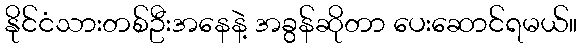
နိုင်ငံသားတစ်ဦးအနေနဲ့ အခွန်ဆိုတာ ပေးဆောင်ရမယ်။